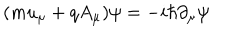
( m u _ { \mu } + q A _ { \mu } ) \psi = - i \hbar \partial _ { \mu } \psi